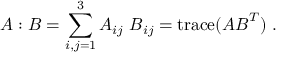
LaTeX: { \boldsymbol { A } } : { \boldsymbol { B } } = \sum _ { i , j = 1 } ^ { 3 } A _ { i j } ~ B _ { i j } = \operatorname { t r a c e } ( { \boldsymbol { A } } { \boldsymbol { B } } ^ { T } ) ~ .